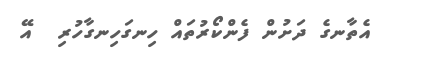
އެތާނގެ ދަށުން ފެންކޯރުތައް ހިނގަހިނގާހުރި  އޭ